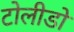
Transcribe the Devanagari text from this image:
टोलीडो